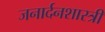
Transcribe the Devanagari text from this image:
जनार्दनशास्त्री